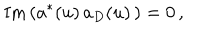
LaTeX: \mathrm { I m } \left( a ^ { * } ( u ) \, a _ { D } ( u ) \, \right) = 0 \, ,